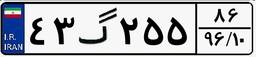
۷۷گ۹۲۹۰۶